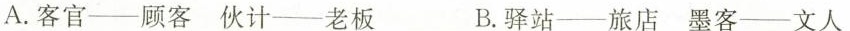
A.客官——顾客 伙计——老板 B.驿站——旅店 墨客——文人